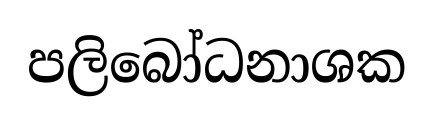
පලිබෝධනාශක